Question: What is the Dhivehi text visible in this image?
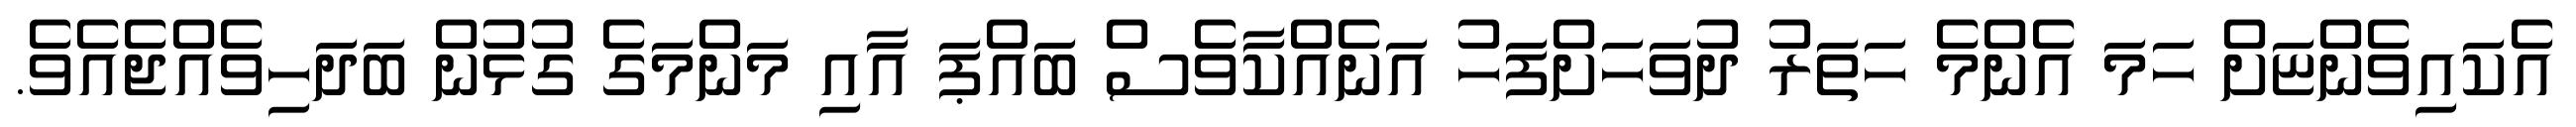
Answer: އެކައިވެންޏަށް ހަމަ އެންމެ ހަތަރު ދުވަހަށްފަހު އަނެއްކާވެސް ބައްޕަ އާއި މަންމަގެ ގުޅުން ބަދަހިވެއްޖެއެވެ.